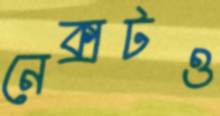
নেক্সটও